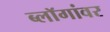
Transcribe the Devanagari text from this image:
ब्लॉगांवर